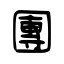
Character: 團